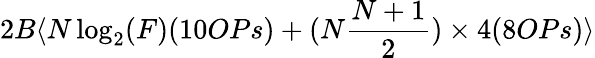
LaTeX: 2B\langle N\log_{2}(F)(10OPs)+(N{\frac{N+1}{2}})\times 4(8OPs)\rangle